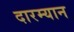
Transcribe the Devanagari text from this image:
दारम्यान